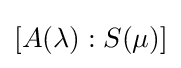
[A(\lambda ):S(\mu )]